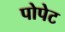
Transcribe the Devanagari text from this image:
पोपेट